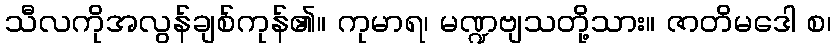
သီလကိုအလွန်ချစ်ကုန်၏။ ကုမာရ၊ မဏ္ဍဗျသတို့သား။ ဇာတိမဒေါ စ၊